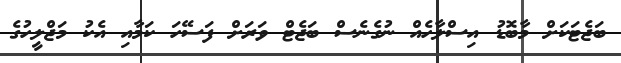
ބަޖެޓަކަށް މާބޮޑު އިސްލާހެއް ނުގެނެސް ބަޖެޓް ވަރަށް ފަސޭހަ ކަމާއި އެކު މަޖްލީހުގެ